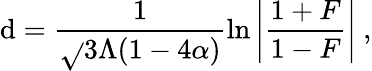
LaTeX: \mathrm{d}=\frac{{1}}{{\sqrt{}{{3\Lambda(1-4\alpha)}}}}\ln{\left|\frac{{1+F}}{{1-F}}\right|}~,